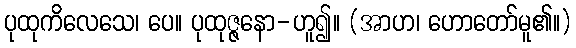
ပုထုကိလေသေ၊ ပေ။ ပုထုဇ္ဇနော-ဟူ၍။ (အာဟ၊ ဟောတော်မူ၏။)